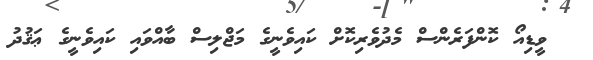
ވީޑިއޯ ކޮންފަރެންސް މެދުވެރިކޮށް ކައިވެނީގެ މަޖްލިސް ބާއްވައި ކައިވެނީގެ ޢަޤުދު